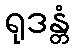
ရုဒန္တံ